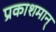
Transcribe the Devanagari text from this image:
प्रकाशमान्‌